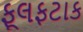
ફૂલફટાક